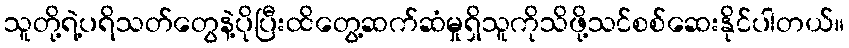
သူတို့ရဲ့ပရိသတ်တွေနဲ့ပိုပြီးထိတွေ့ဆက်ဆံမှုရှိသူကိုသိဖို့သင်စစ်ဆေးနိုင်ပါတယ်။